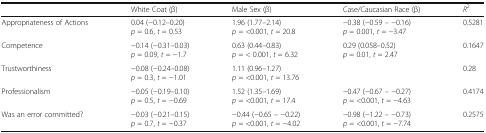
<table><thead><tr><td></td><td><b>White Coat (β)</b></td><td><b>Male Sex (β)</b></td><td><b>Case/Caucasian Race (β)</b></td><td><b><i>R</i><sup>2</sup></b></td></tr></thead><tbody><tr><td>Appropriateness of Actions</td><td>0.04 (−0.12–0.20)<i>p</i> = 0.6, <i>t</i> = 0.53</td><td>1.96 (1.77–2.14)<i>p</i> = &lt;0.001, <i>t</i> = 20.8</td><td>−0.38 (−0.59 – −0.16)<i>p</i> = 0.001, <i>t</i> = −3.47</td><td>0.5281</td></tr><tr><td>Competence</td><td>−0.14 (−0.31–0.03)<i>p</i> = 0.09, <i>t</i> = −1.7</td><td>0.63 (0.44–0.83)<i>p</i> = &lt; 0.001, <i>t</i> = 6.32</td><td>0.29 (0.058–0.52)<i>p</i> = 0.01, <i>t</i> = 2.47</td><td>0.1647</td></tr><tr><td>Trustworthiness</td><td>−0.08 (−0.24–0.08)<i>p</i> = 0.3, <i>t</i> = −1.01</td><td>1.11 (0.96–1.27)<i>p</i> = &lt;0.001, <i>t</i> = 13.76</td><td></td><td>0.28</td></tr><tr><td>Professionalism</td><td>−0.05 (−0.19–0.10)<i>p</i> = 0.5, <i>t</i> = −0.69</td><td>1.52 (1.35–1.69)<i>p</i> = &lt;0.001, <i>t</i> = 17.4</td><td>−0.47 (−0.67 – −0.27)<i>p</i> = &lt;0.001, <i>t</i> = −4.63</td><td>0.4174</td></tr><tr><td>Was an error committed?</td><td>−0.03 (−0.21–0.15)<i>p</i> = 0.7, <i>t</i> = −0.37</td><td>−0.44 (−0.65 – −0.22)<i>p</i> = &lt;0.001, <i>t</i> = −4.02</td><td>−0.98 (−1.22 – −0.73)<i>p</i> = &lt;0.001, <i>t</i> = −7.74</td><td>0.2575</td></tr></tbody></table>